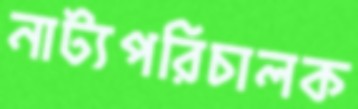
নাট্যপরিচালক